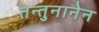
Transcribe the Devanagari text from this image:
तन्तुनानेन